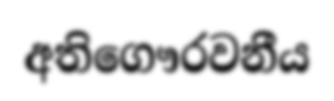
අතිගෞරවනීය